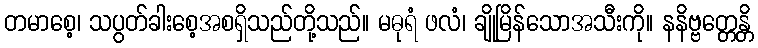
တမာစေ့၊ သပွတ်ခါးစေ့အစရှိသည်တို့သည်။ မဓုရံ ဖလံ၊ ချိုမြိန်သောအသီးကို။ နနိဗ္ဗတ္တေန္တိ